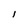
Character: l